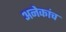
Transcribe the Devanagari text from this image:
अनेकांच